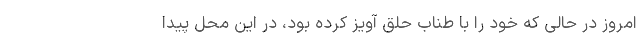
امروز در حالی که خود را با طناب حلق آویز کرده بود، در این محل پیدا